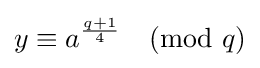
y\equiv a^{\frac {q+1}{4}}{\pmod {q}}